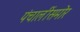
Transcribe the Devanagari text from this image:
पंचालींसमोर